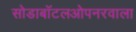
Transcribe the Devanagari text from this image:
सोडाबॉटलओपनरवाला